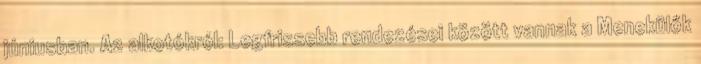
júniusban. Az alkotókról: Legfrissebb rendezései között vannak a Menekülők